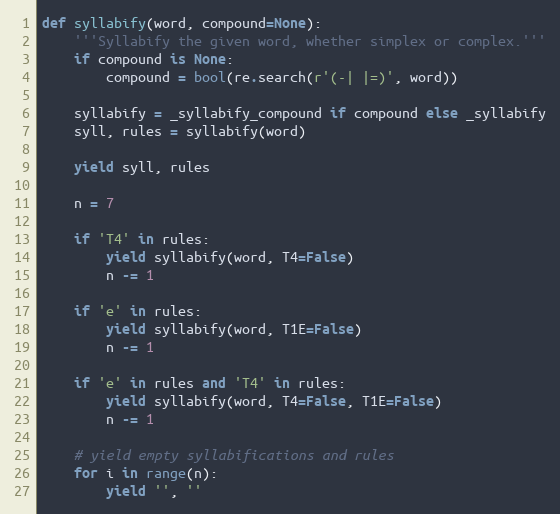
Language: Python
def syllabify(word, compound=None):
    '''Syllabify the given word, whether simplex or complex.'''
    if compound is None:
        compound = bool(re.search(r'(-| |=)', word))

    syllabify = _syllabify_compound if compound else _syllabify
    syll, rules = syllabify(word)

    yield syll, rules

    n = 7

    if 'T4' in rules:
        yield syllabify(word, T4=False)
        n -= 1

    if 'e' in rules:
        yield syllabify(word, T1E=False)
        n -= 1

    if 'e' in rules and 'T4' in rules:
        yield syllabify(word, T4=False, T1E=False)
        n -= 1

    # yield empty syllabifications and rules
    for i in range(n):
        yield '', ''